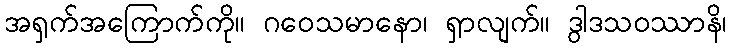
အရှက်အကြောက်ကို။ ဂဝေသမာနော၊ ရှာလျက်။ ဒွါဒသဝဿာနိ၊